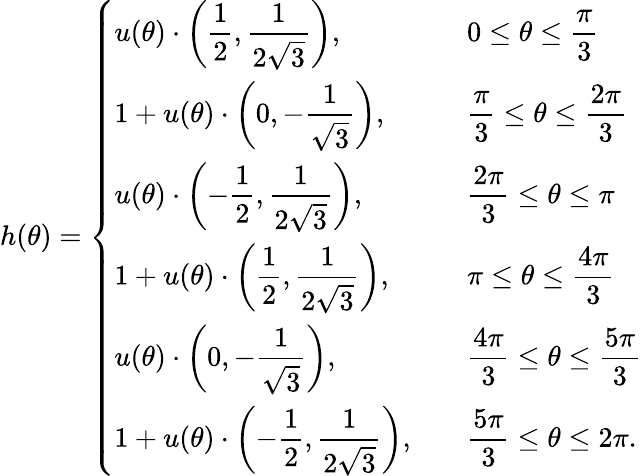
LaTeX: h(\theta)=\left\{ \begin{array}{ll}{\displaystyle u(\theta)\cdot\left(\frac{1}{2},\frac{1}{2\sqrt{3}}\right),\quad}&{\displaystyle 0\le\theta\le\frac{\pi}{3}}\\ {\displaystyle 1+u(\theta)\cdot\left(0,-\frac{1}{\sqrt{3}}\right),\quad}&{\displaystyle\frac{\pi}{3}\le\theta\le\frac{2\pi}{3}}\\ {\displaystyle u(\theta)\cdot\left(-\frac{1}{2},\frac{1}{2\sqrt{3}}\right),\quad}&{\displaystyle\frac{2\pi}{3}\le\theta\le\pi}\\ {\displaystyle 1+u(\theta)\cdot\left(\frac{1}{2},\frac{1}{2\sqrt{3}}\right),\quad}&{\displaystyle\pi\le\theta\le\frac{4\pi}{3}}\\ {\displaystyle u(\theta)\cdot\left(0,-\frac{1}{\sqrt{3}}\right),\quad}&{\displaystyle\frac{4\pi}{3}\le\theta\le\frac{5\pi}{3}}\\ {\displaystyle 1+u(\theta)\cdot\left(-\frac{1}{2},\frac{1}{2\sqrt{3}}\right),\quad}&{\displaystyle\frac{5\pi}{3}\le\theta\le 2\pi.}\end{array}\right.